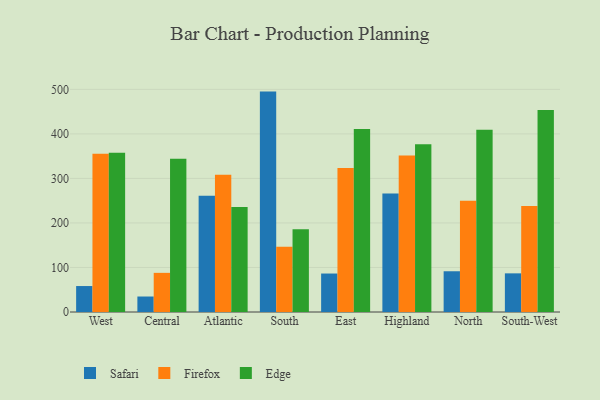
{"axis": {"x": "Region", "y": "Churn Rate (%)"}, "legend": ["Edge", "Firefox", "Safari"], "data": [{"x": "West", "y": 58.3, "type": "Safari"}, {"x": "West", "y": 355.4, "type": "Firefox"}, {"x": "West", "y": 357.8, "type": "Edge"}, {"x": "Central", "y": 34.8, "type": "Safari"}, {"x": "Central", "y": 87.9, "type": "Firefox"}, {"x": "Central", "y": 344.4, "type": "Edge"}, {"x": "Atlantic", "y": 261.1, "type": "Safari"}, {"x": "Atlantic", "y": 308.1, "type": "Firefox"}, {"x": "Atlantic", "y": 236.1, "type": "Edge"}, {"x": "South", "y": 495.0, "type": "Safari"}, {"x": "South", "y": 146.3, "type": "Firefox"}, {"x": "South", "y": 186.1, "type": "Edge"}, {"x": "East", "y": 86.4, "type": "Safari"}, {"x": "East", "y": 323.2, "type": "Firefox"}, {"x": "East", "y": 411.1, "type": "Edge"}, {"x": "Highland", "y": 266.2, "type": "Safari"}, {"x": "Highland", "y": 351.4, "type": "Firefox"}, {"x": "Highland", "y": 376.7, "type": "Edge"}, {"x": "North", "y": 91.5, "type": "Safari"}, {"x": "North", "y": 250.0, "type": "Firefox"}, {"x": "North", "y": 409.4, "type": "Edge"}, {"x": "South-West", "y": 86.8, "type": "Safari"}, {"x": "South-West", "y": 237.9, "type": "Firefox"}, {"x": "South-West", "y": 453.5, "type": "Edge"}]}